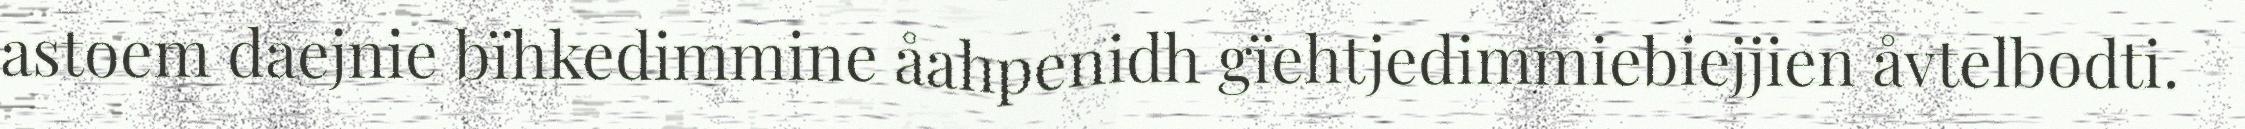
astoem daejnie bïhkedimmine åahpenidh gïehtjedimmiebiejjien åvtelbodti.